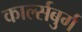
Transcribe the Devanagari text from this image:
कार्ल्सबुर्ग